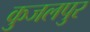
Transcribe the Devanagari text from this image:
कुजलपुर